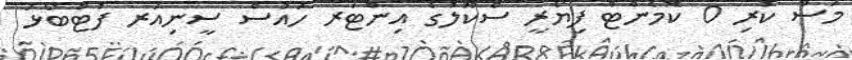
މަސް ކުރި 0 ކޮމެންޓް ފިޔޯރީ ސްކޫލުގެ އިންޓަރ ހައުސް ސީނިއަރ ފުޓްބޯޅަ